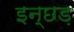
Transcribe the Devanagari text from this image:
इन्छड़